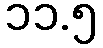
၁၁.၅